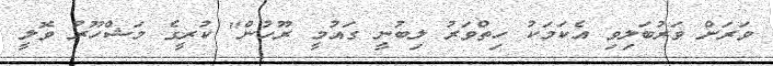
ވަރަށް ވަރުބަލިވި އެކަމަކު ހިތްވަރު ލިބުނީ ގައުމީ ރޫހުން" ކުރީގެ މަޝްހޫރު ވޮލީ